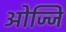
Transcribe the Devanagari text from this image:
ओज्जि